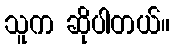
သူက ဆိုပါတယ်။